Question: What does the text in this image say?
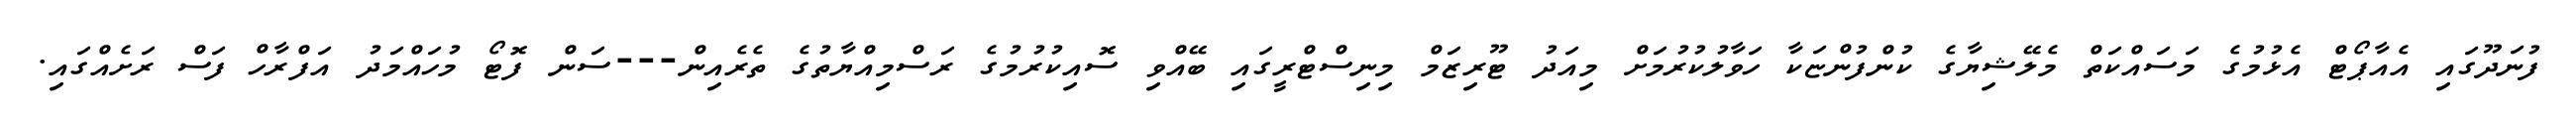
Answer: ފުނަދޫގައި އެއާޕޯޓް އެޅުމުގެ މަސައްކަތް މެލޭޝިޔާގެ ކުންފުންޏަކާ ހަވާލުކުރުމަށް މިއަދު ޓޫރިޒަމް މިނިސްޓްރީގައި ބޭއްވި ސޮއިކުރުމުގެ ރަސްމިއްޔާތުގެ ތެރެއިން---ސަން ފޮޓޯ މުހައްމަދު އަފްރާހް ފަސް ރަށެއްގައި.